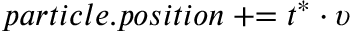
p a r t i c l e . p o s i t i o n \mathrel { + } \mathrel { = } t ^ { \ast } \cdot \upsilon